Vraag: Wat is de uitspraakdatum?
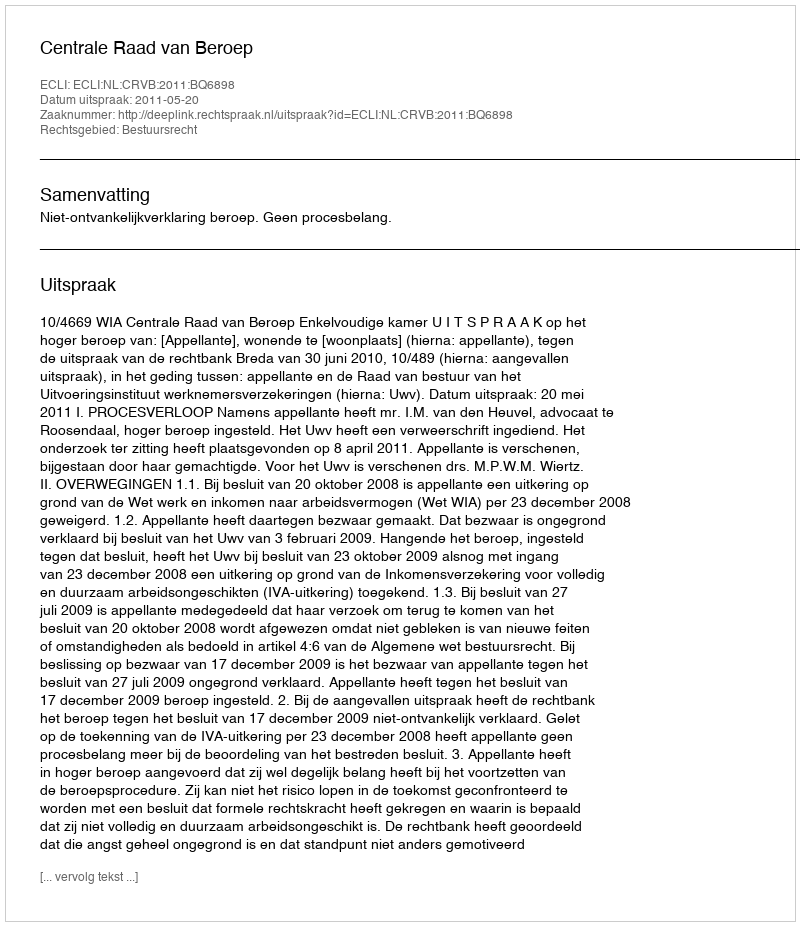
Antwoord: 2011-05-20